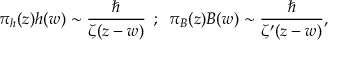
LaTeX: \pi _ { h } ( z ) h ( w ) \sim { \frac { \hbar } { \zeta ( z - w ) } } \, \, \, ; \, \, \, \pi _ { B } ( z ) B ( w ) \sim { \frac { \hbar } { \zeta ^ { \prime } ( z - w ) } } ,